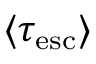
\langle \tau _ { \mathrm { e s c } } \rangle